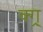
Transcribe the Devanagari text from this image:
क्ग्र्